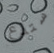
ستدع